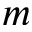
m